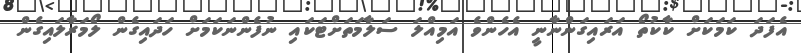
އެފަދަ ކަމަކަށް ކާކުތޯ އަރައިގަންނާނީ އެހެންވެ އަމިއްލަ ސަލާމަތަށްޓަކައި ނުފެންނަކަމަށް ހަދައިގެން ލޯމަރާލައިގެން